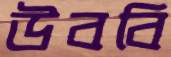
উববি